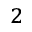
_ 2